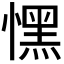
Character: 𢡀